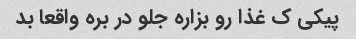
پیکی ک غذا رو بزاره جلو در بره واقعا بد